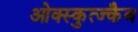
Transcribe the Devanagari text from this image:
ओक्स्कुत्ज्कैब